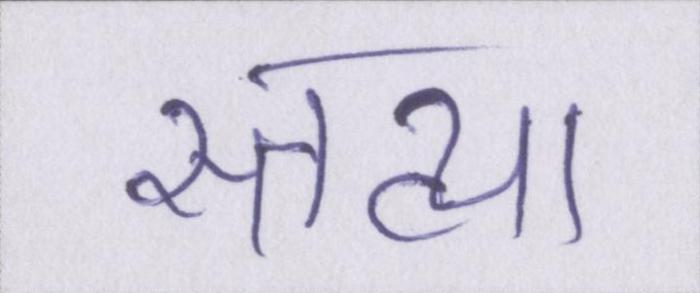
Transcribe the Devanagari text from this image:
स्तव्या